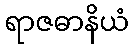
ရာဇဓာနိယံ